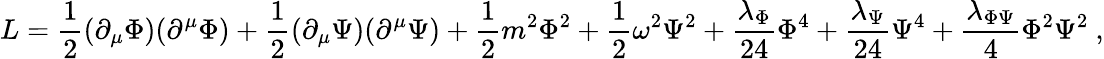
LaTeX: L={\frac{1}{2}}(\partial_{\mu}\Phi)(\partial^{\mu}\Phi)+{\frac{1}{2}}(\partial_{\mu}\Psi)(\partial^{\mu}\Psi)+{\frac{1}{2}}m^{2}\Phi^{2}+{\frac{1}{2}}\omega^{2}\Psi^{2}+{\frac{\lambda_{\Phi}}{24}}\Phi^{4}+{\frac{\lambda_{\Psi}}{24}}\Psi^{4}+{\frac{\lambda_{\Phi\Psi}}{4}}\Phi^{2}\Psi^{2}~,